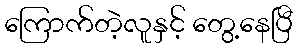
ကြောက်တဲ့လူနှင့် တွေ့နေပြီ